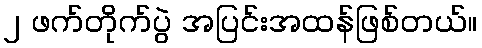
၂ ဖက်တိုက်ပွဲ အပြင်းအထန်ဖြစ်တယ်။